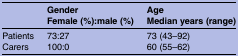
<table><thead><tr><td></td><td><b>GenderFemale (%):male (%)</b></td><td><b>AgeMedian years (range)</b></td></tr></thead><tbody><tr><td>Patients</td><td>73:27</td><td>73 (43–92)</td></tr><tr><td>Carers</td><td>100:0</td><td>60 (55–62)</td></tr></tbody></table>